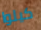
كيلوا